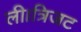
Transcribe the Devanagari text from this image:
ली।त्रिजट